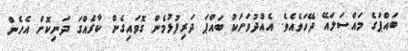
ބައްޕަގެ މައްސަލައޭ ދޭހަވެއެވެ. އެއްދުވަހަކު ބައްޕަ ދަރިފުޅުމެން ގޮވައިގެން ކާރެއްގަ ދަނިކޮށް އެހެން